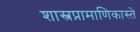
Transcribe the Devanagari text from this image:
शास्त्रप्रामाणिकास्ते